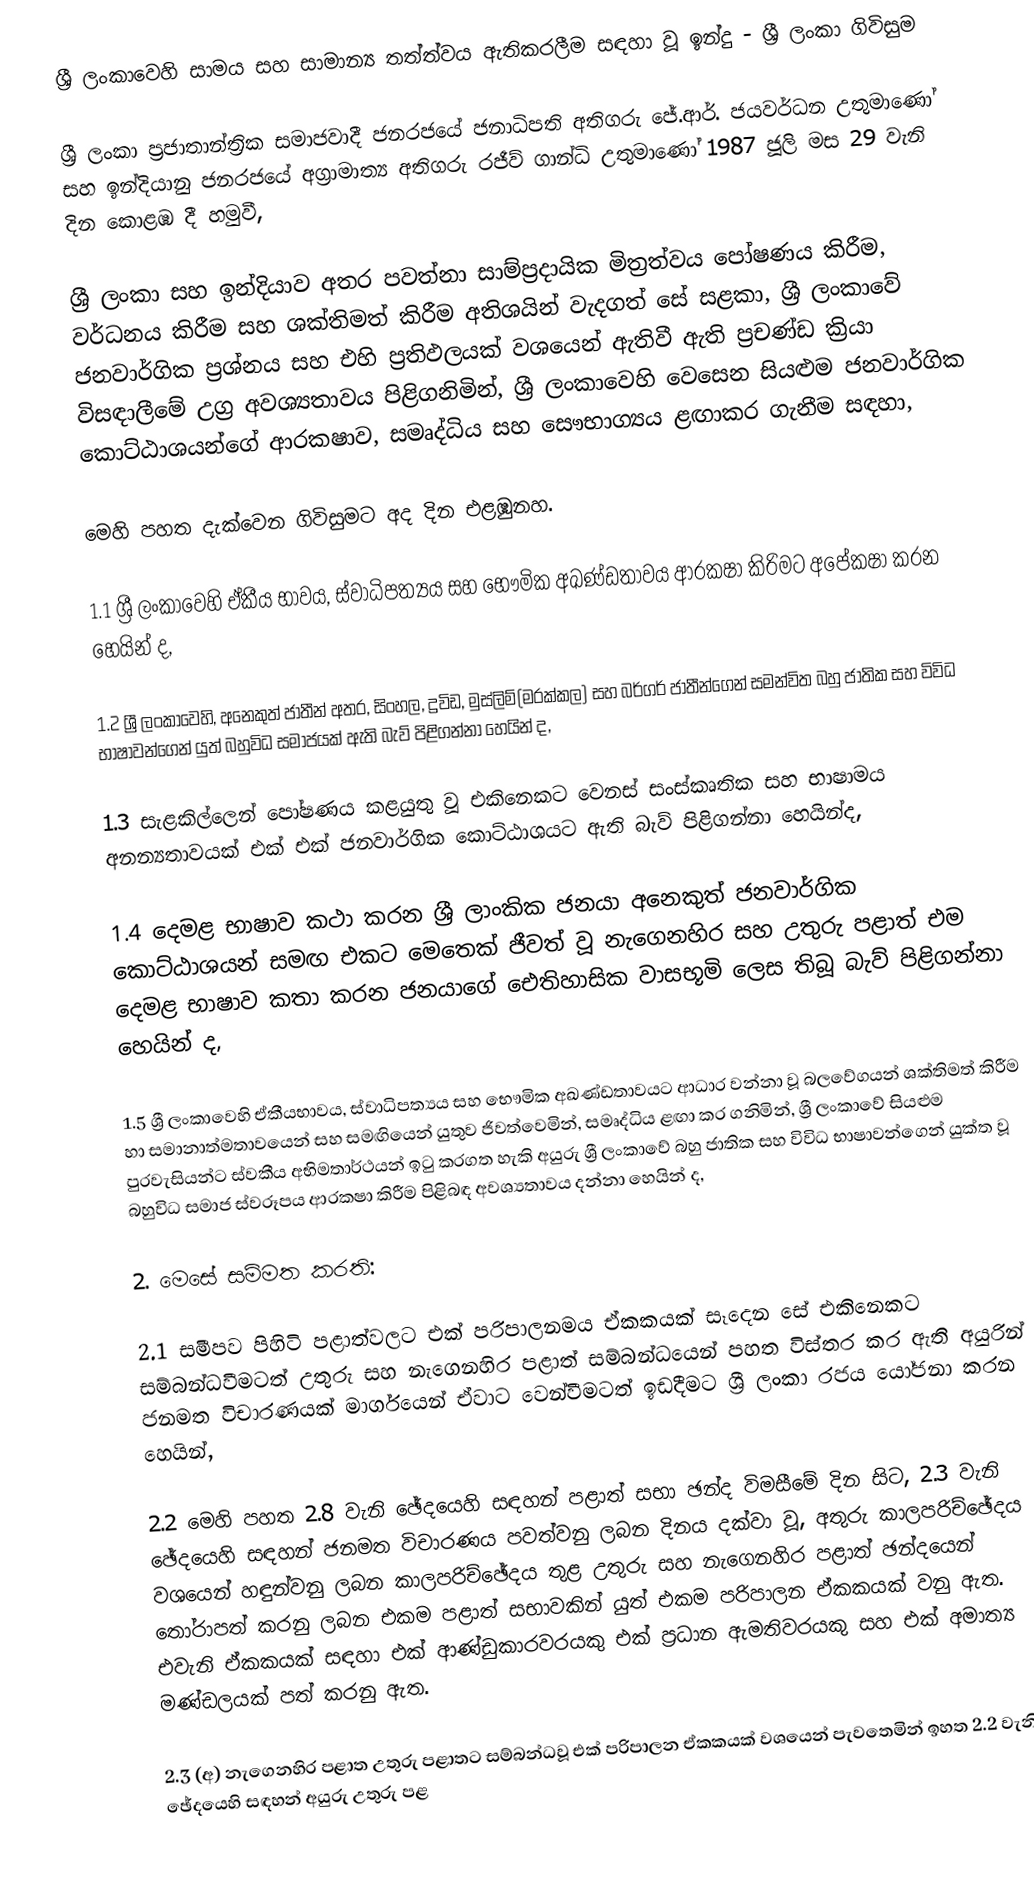
ශ්‍රී ලංකාවෙහි සාමය සහ සාමාන්‍ය තත්ත්වය ඇතිකරලීම සඳහා වූ ඉන්දු - ශ්‍රී ලංකා ගිවිසුම

ශ්‍රී ලංකා ප්‍රජාතාන්ත්‍රික සමාජවාදී ජනරජයේ ජනාධිපති අතිගරු ජේ.ආර්. ජයවර්ධන උතුමාණෝ සහ ඉන්දියානු ජනරජයේ අග්‍රාමාත්‍ය අතිගරු රජීව් ගාන්ධි උතුමාණෝ 1987 ජූලි මස 29 වැනි දින කොළඹ දී හමුවී,

ශ්‍රී ලංකා සහ ඉන්දියාව අතර පවත්නා සාම්ප්‍රදායික මිත්‍රත්වය පෝෂණය කිරීම, වර්ධනය කිරීම සහ ශක්තිමත් කිරීම අතිශයින් වැදගත් සේ සළකා, ශ්‍රී ලංකාවේ ජනවාර්ගික ප්‍රශ්නය සහ එහි ප්‍රතිඵලයක් වශයෙන් ඇතිවී ඇති ප්‍රචණ්ඩ ක්‍රියා විසඳාලීමේ උග්‍ර අවශ්‍යතාවය පිළිගනිමින්, ශ්‍රී ලංකාවෙහි වෙසෙන සියළුම ජනවාර්ගික කොට්ඨාශයන්ගේ ආරක‍ෂාව, සමෘද්ධිය සහ සෞභාග්‍යය ළඟාකර ගැනීම සඳහා,

මෙහි පහත දැක්වෙන ගිවිසුමට අද දින එළඹුනහ.

1.1 ශ්‍රී ලංකාවෙහි ඒකීය භාවය, ස්වාධිපත්‍යය සහ භෞමික අඛණ්ඩතාවය ආරක‍ෂා කිරිමට අපේක‍ෂා කරන හෙයින් ද,

1.2 ශ්‍රී ලංකාවෙහි, අනෙකුත් ජාතීන් අතර, සිංහල, ද්‍රවිඩ, මුස්ලිම්(මරක්කල) සහ බර්ගර් ජාතීන්ගෙන් සමන්විත බහු ජාතික සහ විවිධ භාෂාවන්ගෙන් යුත් බහුවිධ සමාජයක් ඇති බැව් පිළිගන්නා හෙයින් ද,

1.3 සැළකිල්ලෙන් පෝෂණය කළයුතු වූ එකිනෙකට වෙනස් සංස්කෘතික සහ භාෂාමය අනන්‍යතාවයක් එක් එක් ජනවාර්ගික කොට්ඨාශයට ඇති බැව් පිළිගන්නා හෙයින්ද,

1.4 දෙමළ භාෂාව කථා කරන ශ්‍රී ලාංකික ජනයා අනෙකුත් ජනවාර්ගික කොට්ඨාශයන් සමඟ එකට මෙතෙක් ජීවත් වූ නැගෙනහිර සහ උතුරු පළාත් එම දෙමළ භාෂාව කතා කරන ජනයාගේ ඓතිහාසික වාසභූමි ලෙස තිබූ බැව් පිළිගන්නා හෙයින් ද,

1.5 ශ්‍රී ලංකාවෙහි ඒකීයභාවය, ස්වාධිපත්‍යය සහ භෞමික අඛණ්ඩතාවයට ආධාර වන්නා වූ බලවේගයන් ශක්තිමත් කිරීම හා සමානාත්මතාවයෙන් සහ සමඟියෙන් යුතුව ජිවත්වෙමින්, සමෘද්ධිය ළඟා කර ගනිමින්, ශ්‍රී ලංකාවේ සියළුම පුරවැසියන්ට ස්වකීය අභිමතාර්ථයන් ඉටු කරගත හැකි අයුරු ශ්‍රී ලංකාවේ බහු ජාතික සහ විවිධ භාෂාවන්ගෙන් යුක්ත වූ බහුවිධ සමාජ ස්වරූපය ආරක‍ෂා කිරීම පිළිබඳ අවශ්‍යතාවය දන්නා හෙයින් ද,

2. මෙසේ සම්මත කරති:

2.1 සමීපව පිහිටි පළාත්වලට එක් පරිපාලනමය ඒකකයක් සෑදෙන සේ එකිනෙකට සම්බන්ධවීමටත් උතුරු සහ නැගෙනහිර පළාත් සම්බන්ධයෙන් පහත විස්තර කර ඇති අයුරින් ජනමත විචාරණයක් මාර්ගයෙන් ඒවාට වෙන්වීමටත් ඉඩදීමට ශ්‍රී ලංකා රජය යෝජනා කරන හෙයින්,

2.2 මෙහි පහත 2.8 වැනි ඡේදයෙහි සඳහන් පළාත් සභා ඡන්ද විමසීමේ දින සිට, 2.3 වැනි ඡේදයෙහි සඳහන් ජනමත විචාරණය පවත්වනු ලබන දිනය දක්වා වූ, අතුරු කාලපරිච්ඡේදය වශයෙන් හඳුන්වනු ලබන කාලපරිච්ඡේදය තුළ උතුරු සහ නැගෙනහිර පළාත් ඡන්දයෙන් තෝරාපත් කරනු ලබන එකම පළාත් සභාවකින් යුත් එකම පරිපාලන ඒකකයක් වනු ඇත. එවැනි ඒකකයක් සඳහා එක් ආණ්ඩුකාරවරයකු එක් ප්‍රධාන ඇමතිවරයකු සහ එක් අමාත්‍ය මණ්ඩලයක් පත් කරනු ඇත.

2.3 (අ) නැගෙනහිර පළාත උතුරු පළාතට සම්බන්ධවූ එක් පරිපාලන ඒකකයක් වශයෙන් පැවතෙමින් ඉහත 2.2 වැනි ඡේදයෙහි සඳහන් අයුරු උතුරු පළ